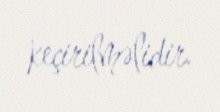
keçirilməlidir.